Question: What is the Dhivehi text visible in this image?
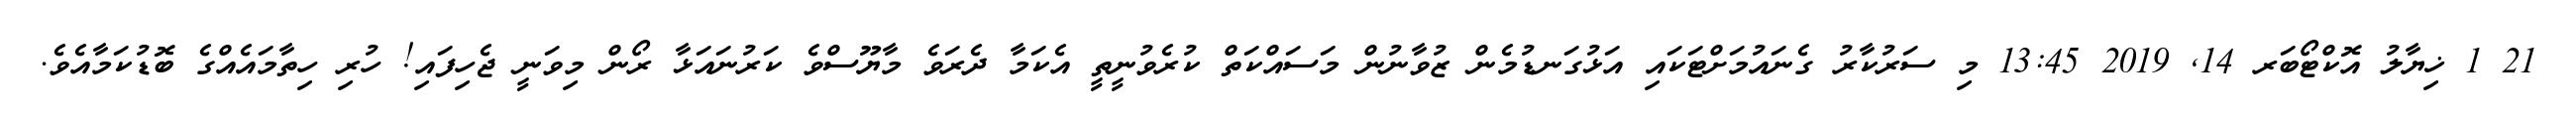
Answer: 21 1 ޚިޔާލު އޮކްޓޯބަރ 14, 2019 13:45 މި ސަރުކާރު ގެނައުމަށްޓަކައި އަޅުގަނޑުމެން ޒުވާނުން މަސައްކަތް ކުރެވުނީތީ އެކަމާ ދެރަވެ މާޔޫސްވެ ކަރުނައަޅާ ރޯން މިވަނީ ޖެހިފައި! ހުރި ހިތާމައެއްގެ ބޮޑުކަމާއެވެ.